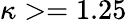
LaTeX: \kappa>=1.25